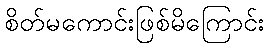
စိတ်မကောင်းဖြစ်မိကြောင်း